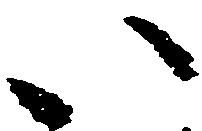
い